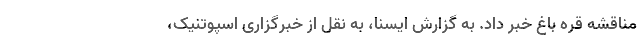
مناقشه قره باغ خبر داد. به گزارش ایسنا، به نقل از خبرگزاری اسپوتنیک،